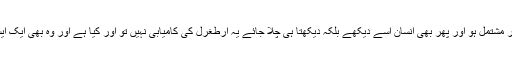
ایک ایسا ڈراما جس کے پانچ سیزن ہوں اور ہر سیزن کم و بیش ستر اقساط پر مشتمل ہو اور پھر بھی انسان اسے دیکھے بلکہ دیکھتا ہی چلا جائے یہ ارطغرل کی کامیابی نہیں تو اور کیا ہے اور وہ بھی ایک ایسے مصروف دور میں جب انسان کو سر کھجانے کی فرصت بھی نہیں ہے۔